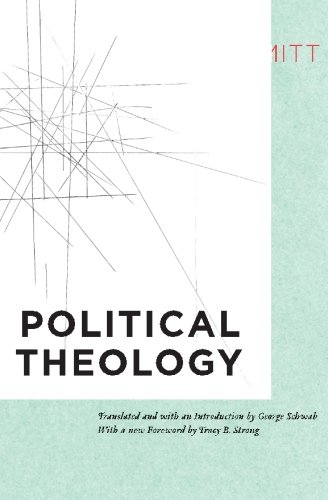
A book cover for Political Theology: Four Chapters on the Concept of Sovereignty; Carl Schmitt; Religion & Spirituality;